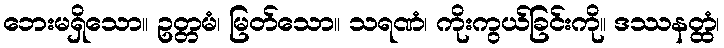
ဘေးမရှိသော။ ဥတ္တမံ၊ မြတ်သော။ သရဏံ၊ ကိုးကွယ်ခြင်းကို။ ဒဿနတ္ထံ၊